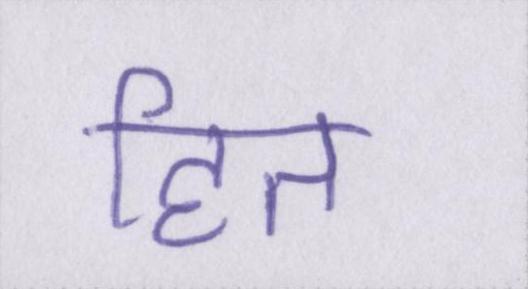
हित